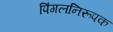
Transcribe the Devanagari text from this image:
पिंगलनिरूपक